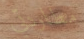
مطاردتي